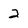
Character: 2